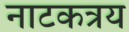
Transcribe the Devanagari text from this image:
नाटकत्रय